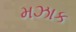
મઝાક